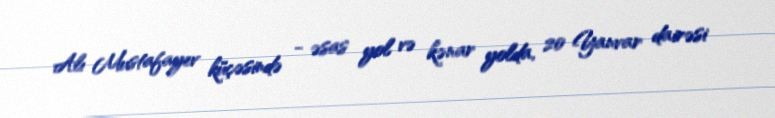
Alı Mustafayev küçəsində - əsas yol və kənar yolda, 20 Yanvar dairəsi